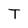
Character: T